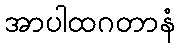
အာပါထဂတာနံ